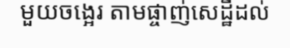
មួយចង្អេរ តាមផ្ចាញ់សេដ្ឋីដល់